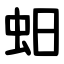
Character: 蚎